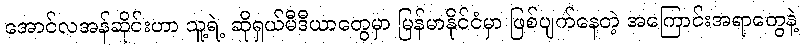
အောင်လအန်ဆိုင်းဟာ သူ့ရဲ့ ဆိုရှယ်မီဒီယာတွေမှာ မြန်မာနိုင်ငံမှာ ဖြစ်ပျက်နေတဲ့ အကြောင်းအရာတွေနဲ့